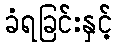
ခံရခြင်းနှင့်